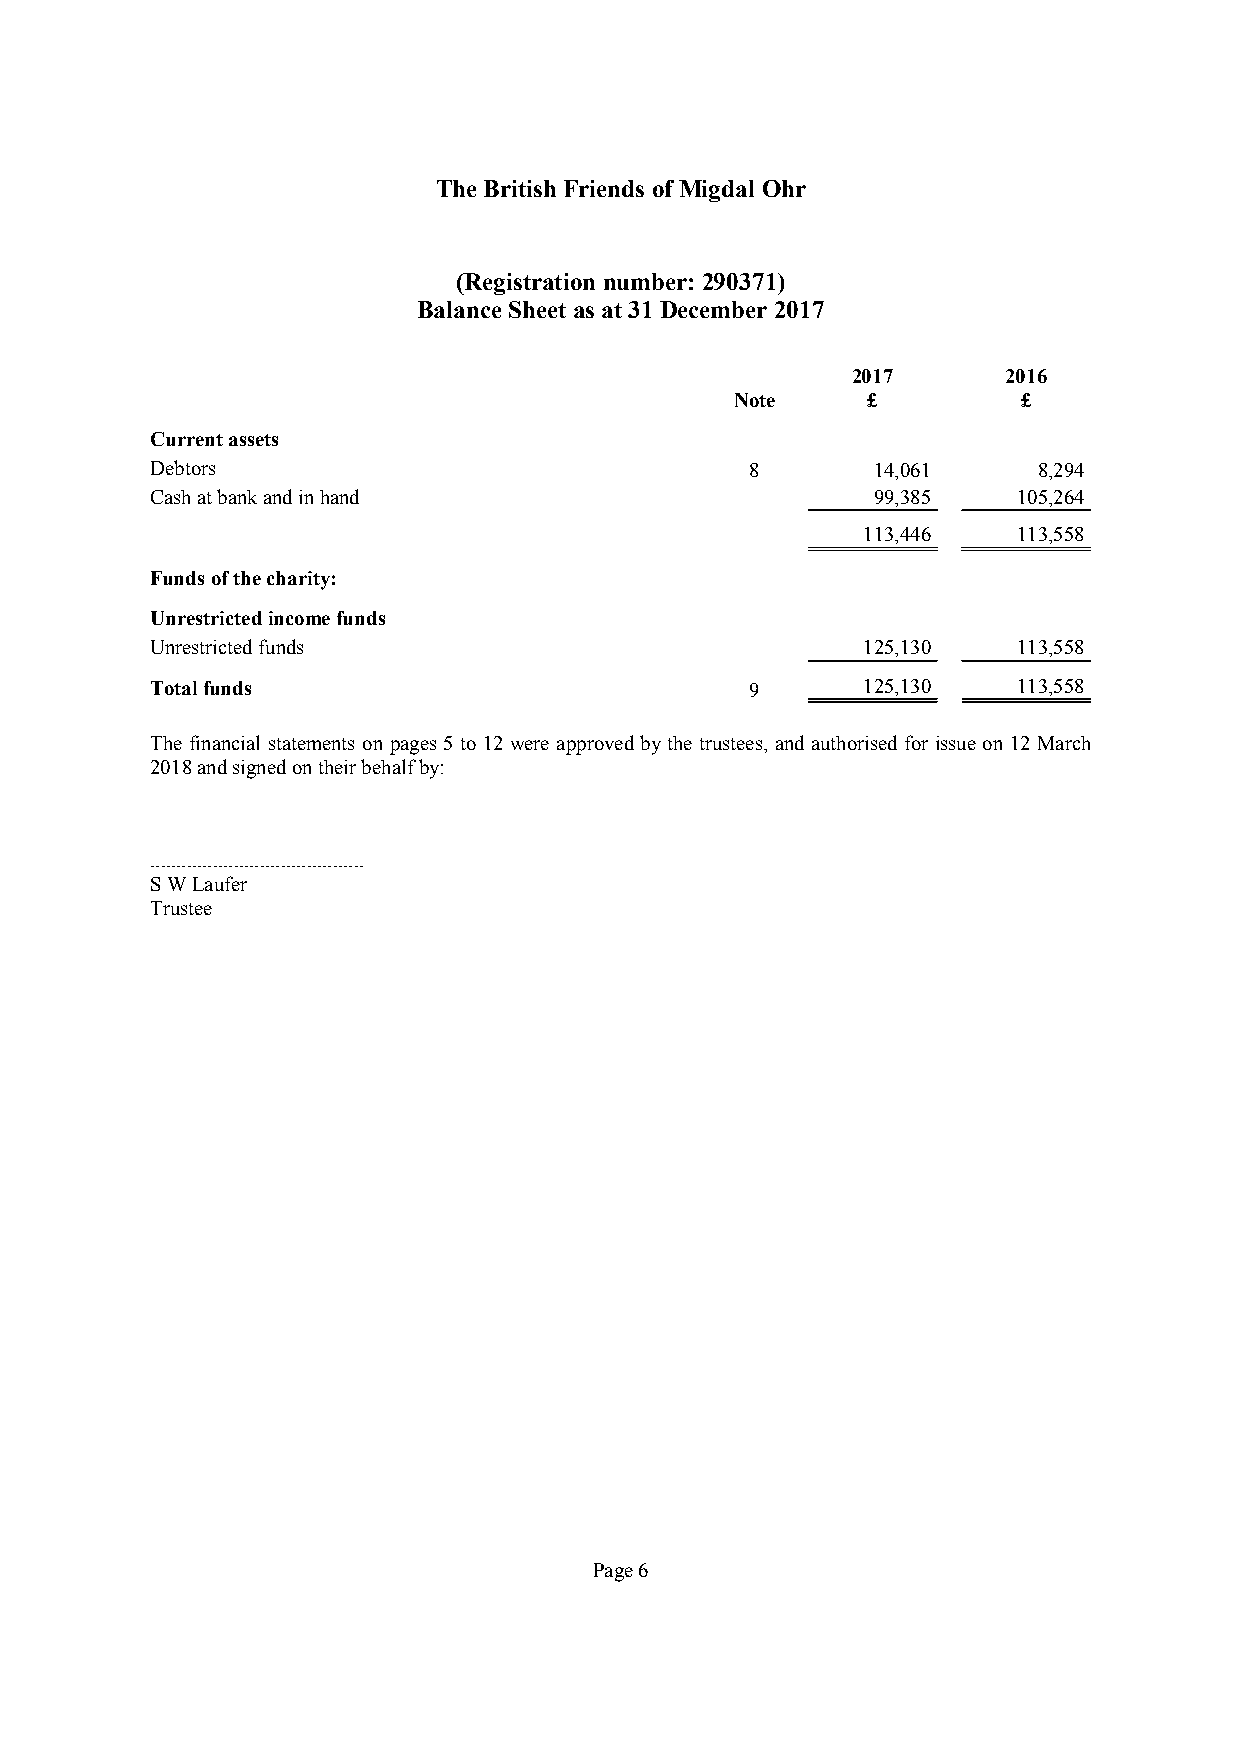
TheBritish Friends ofMigdal Ohr
 (Registration number: 290371)
 BalanceSheetas at 31December 2017
 2017       2016
 Note    £          £
 Currentassets
 Debtors                                 8       14,061     8,294
 Cashatbankandinhand                             99,385   105,264
 113,446   113,558
 Fundsofthecharity:
 Unrestrictedincomefunds
 Unrestrictedfunds                              125,130   113,558
 Totalfunds                              9      125,130   113,558
 The financial statements on pages 5 to 12were approvedby the trustees, and authorised for issue on 12 March
 2018andsignedontheirbehalfby:
 .........................................
 SWLaufer
 Trustee
 Page6